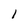
Character: l